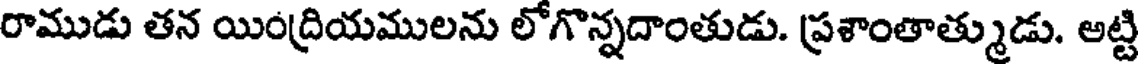
రాముడు తన యింద్రియములను లోగొన్నదాంతుడు. ప్రశాంతాత్ముడు. అట్టి